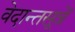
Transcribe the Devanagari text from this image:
वेदान्तसूत्रें